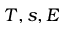
T , s , E